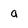
Character: a